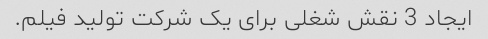
ایجاد 3 نقش شغلی برای یک شرکت تولید فیلم.